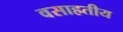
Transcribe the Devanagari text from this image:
वसाहतीय